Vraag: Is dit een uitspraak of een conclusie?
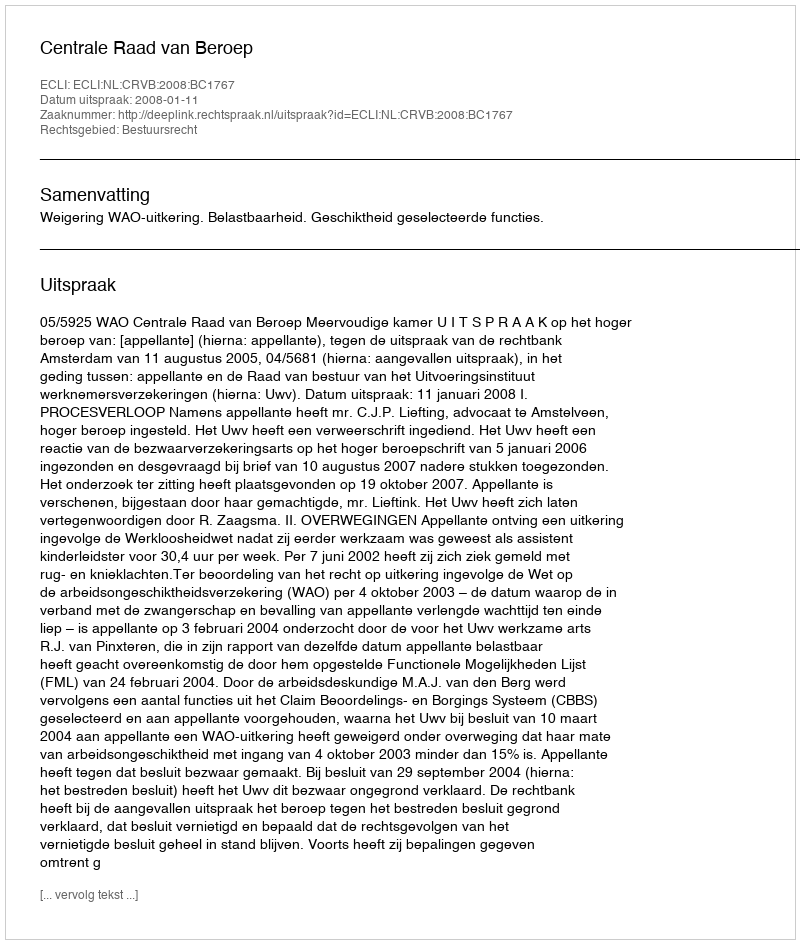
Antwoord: Uitspraak